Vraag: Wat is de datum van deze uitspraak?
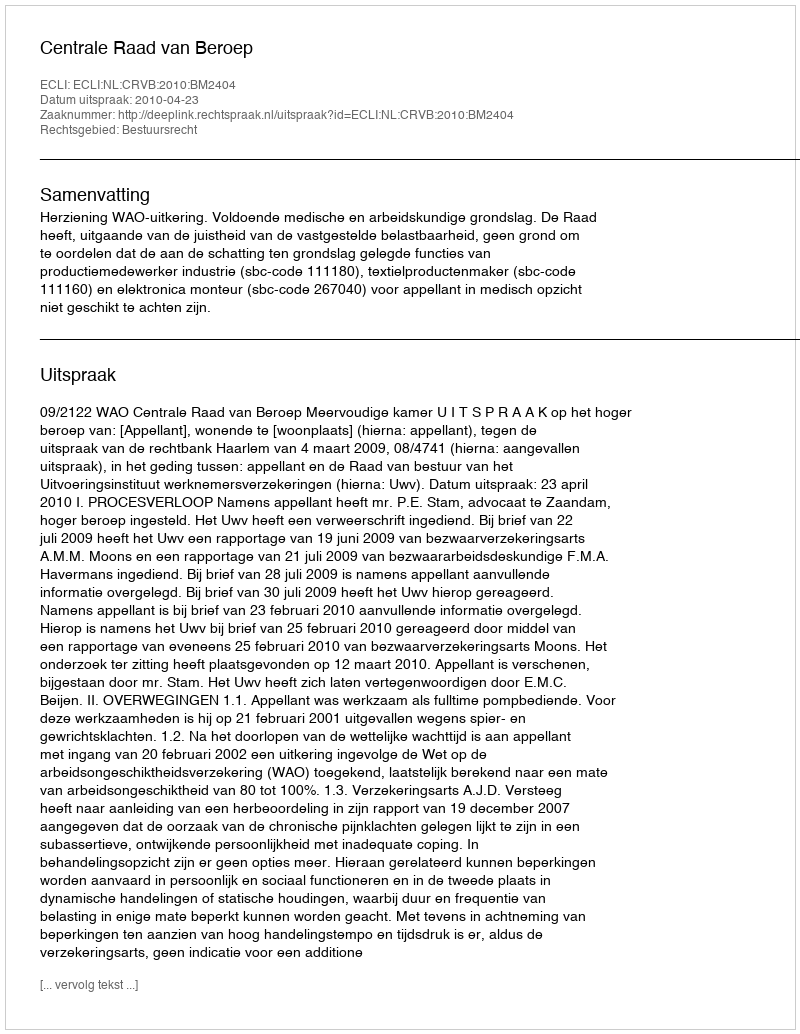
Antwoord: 2010-04-23